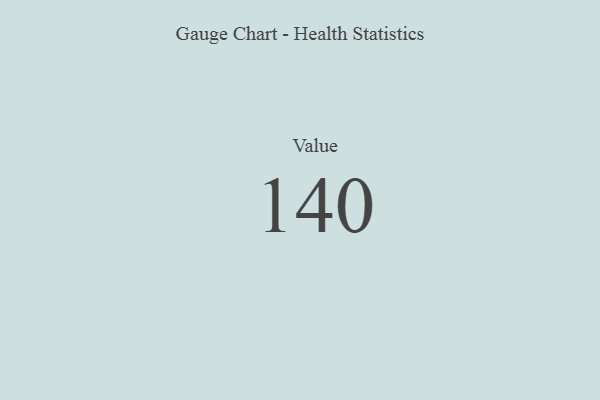
{"axis": {"x": "Metric", "y": "Value"}, "legend": [""], "data": [{"x": "Value", "y": 140, "type": ""}]}